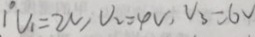
1 ^ { \circ } V _ { 1 } = 2 V , V _ { 2 } = 4 V , V _ { 3 } = 6 V